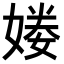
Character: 𡟒